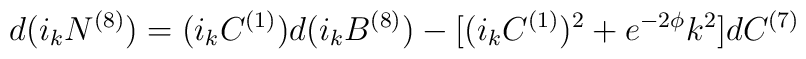
d(i_k N^{(8)})=(i_k C^{(1)})d(i_k B^{(8)})-[(i_k C^{(1)})^2+e^{-2\phi}k^2]dC^{(7)}